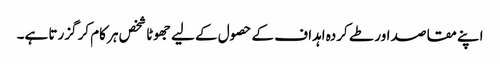
اپنے مقاصد اور طے کردہ اہداف کے حصول کے لیے جھوٹا شخص ہر کام کر گزرتا ہے۔